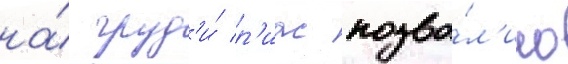
на́ груд'и́ р'иас позво́л'ило